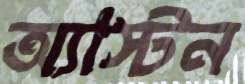
অ্যাস্টন